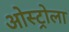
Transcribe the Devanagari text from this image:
ओस्ट्रोला